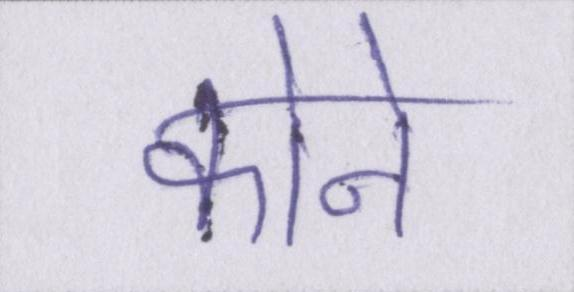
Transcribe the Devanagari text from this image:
कोने